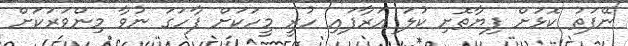
ނޭފަތު ކޮޅަށް ފިޔާތޮށި ކުލަ އަރާފައި ހުރީ މީހަކަށް ފާހަގަ ނުވާ މިންވަރަކަށް